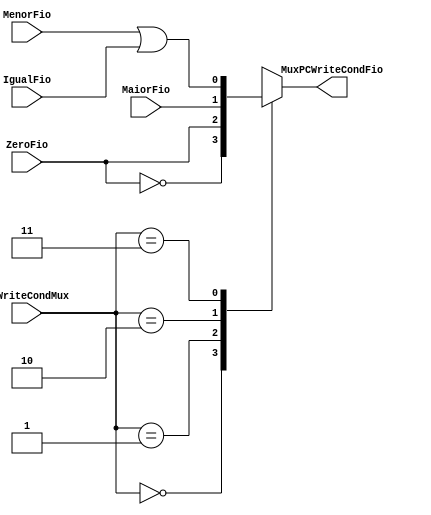
module MuxPCWriteCond( input wire [1:0]PCWriteCondMux, input wire [0:0] ZeroFio, input wire [0:0] MaiorFio,input wire [0:0] MenorFio, input wire [0:0] IgualFio, output reg [0:0] MuxPCWriteCondFio);
	
	wire [0:0] NotZero;
	wire [0:0] OuFio;
	assign NotZero = ~ ZeroFio;
	
	always begin 
	
		case(PCWriteCondMux)
			
			2'b00:
			begin
				MuxPCWriteCondFio <= NotZero;
			
			end	
		
			2'b01:
			begin
				MuxPCWriteCondFio <= ZeroFio;
			
			end
		
			2'b10:
			begin
				MuxPCWriteCondFio <= MaiorFio;
			
			end
		
			2'b11:
			begin
				MuxPCWriteCondFio <= MenorFio | IgualFio;
			
			end
		
		endcase

	end
		

endmodule